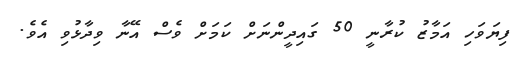
ފިޔަވަހި އަމާޒު ކުރާނީ 50 ގައިދީންނަށް ކަމަށް ވެސް އޭނާ ވިދާޅުވި އެވެ.